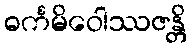
ဓင်္ကမိဝေါဿဇန္တိ